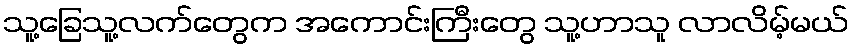
သူ့ခြေသူ့လက်တွေက အကောင်းကြီးတွေ သူ့ဟာသူ လာလိမ့်မယ်